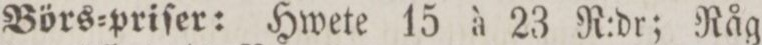
Bőrs=priſer: Hwete 15 à 23 R:dr; Råg